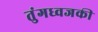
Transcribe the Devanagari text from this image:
तुंगध्वजकी